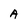
Character: A